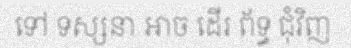
ទៅ ទស្សនា អាច ដើរ ព័ទ្ធ ជុំវិញ